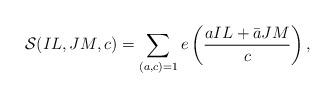
LaTeX: \begin{align*}\mathcal{S}(IL, JM, c )= \sum_{(a,c)=1}e\left(\frac{aIL+\bar{a}JM}{c}\right),\end{align*}